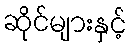
ဆိုင်များနှင့်